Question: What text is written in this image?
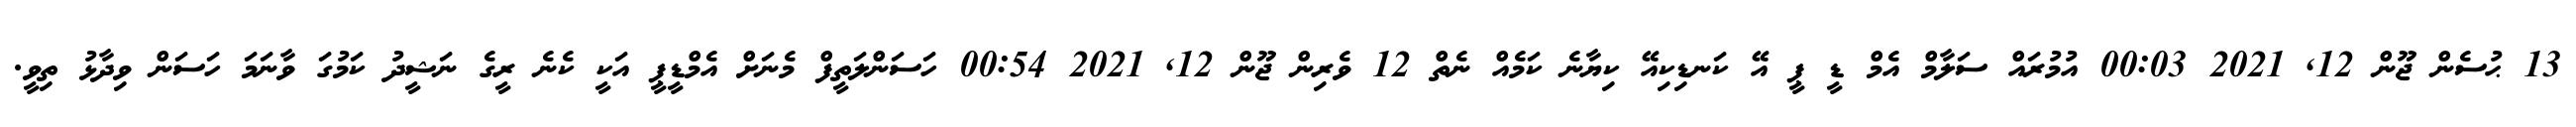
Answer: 13 ޙުސެން ޖޫން 12, 2021 00:03 އުމުރައް ސަލާމް އެމް ޑީ ޕީ އޭ ކަނޑިކިއޭ ކިޔާނެ ކަމެއް ނެތް 12 ވެރިން ޖޫން 12, 2021 00:54 ހަސަންލަތީފް މެނަށް އެމްޑީޕީ އަކީ ކެނެ ރީގެ ނަޝީދު ކަމުގަ ވާނަމަ ހަސަން ވިދާޅު ތިވީ.